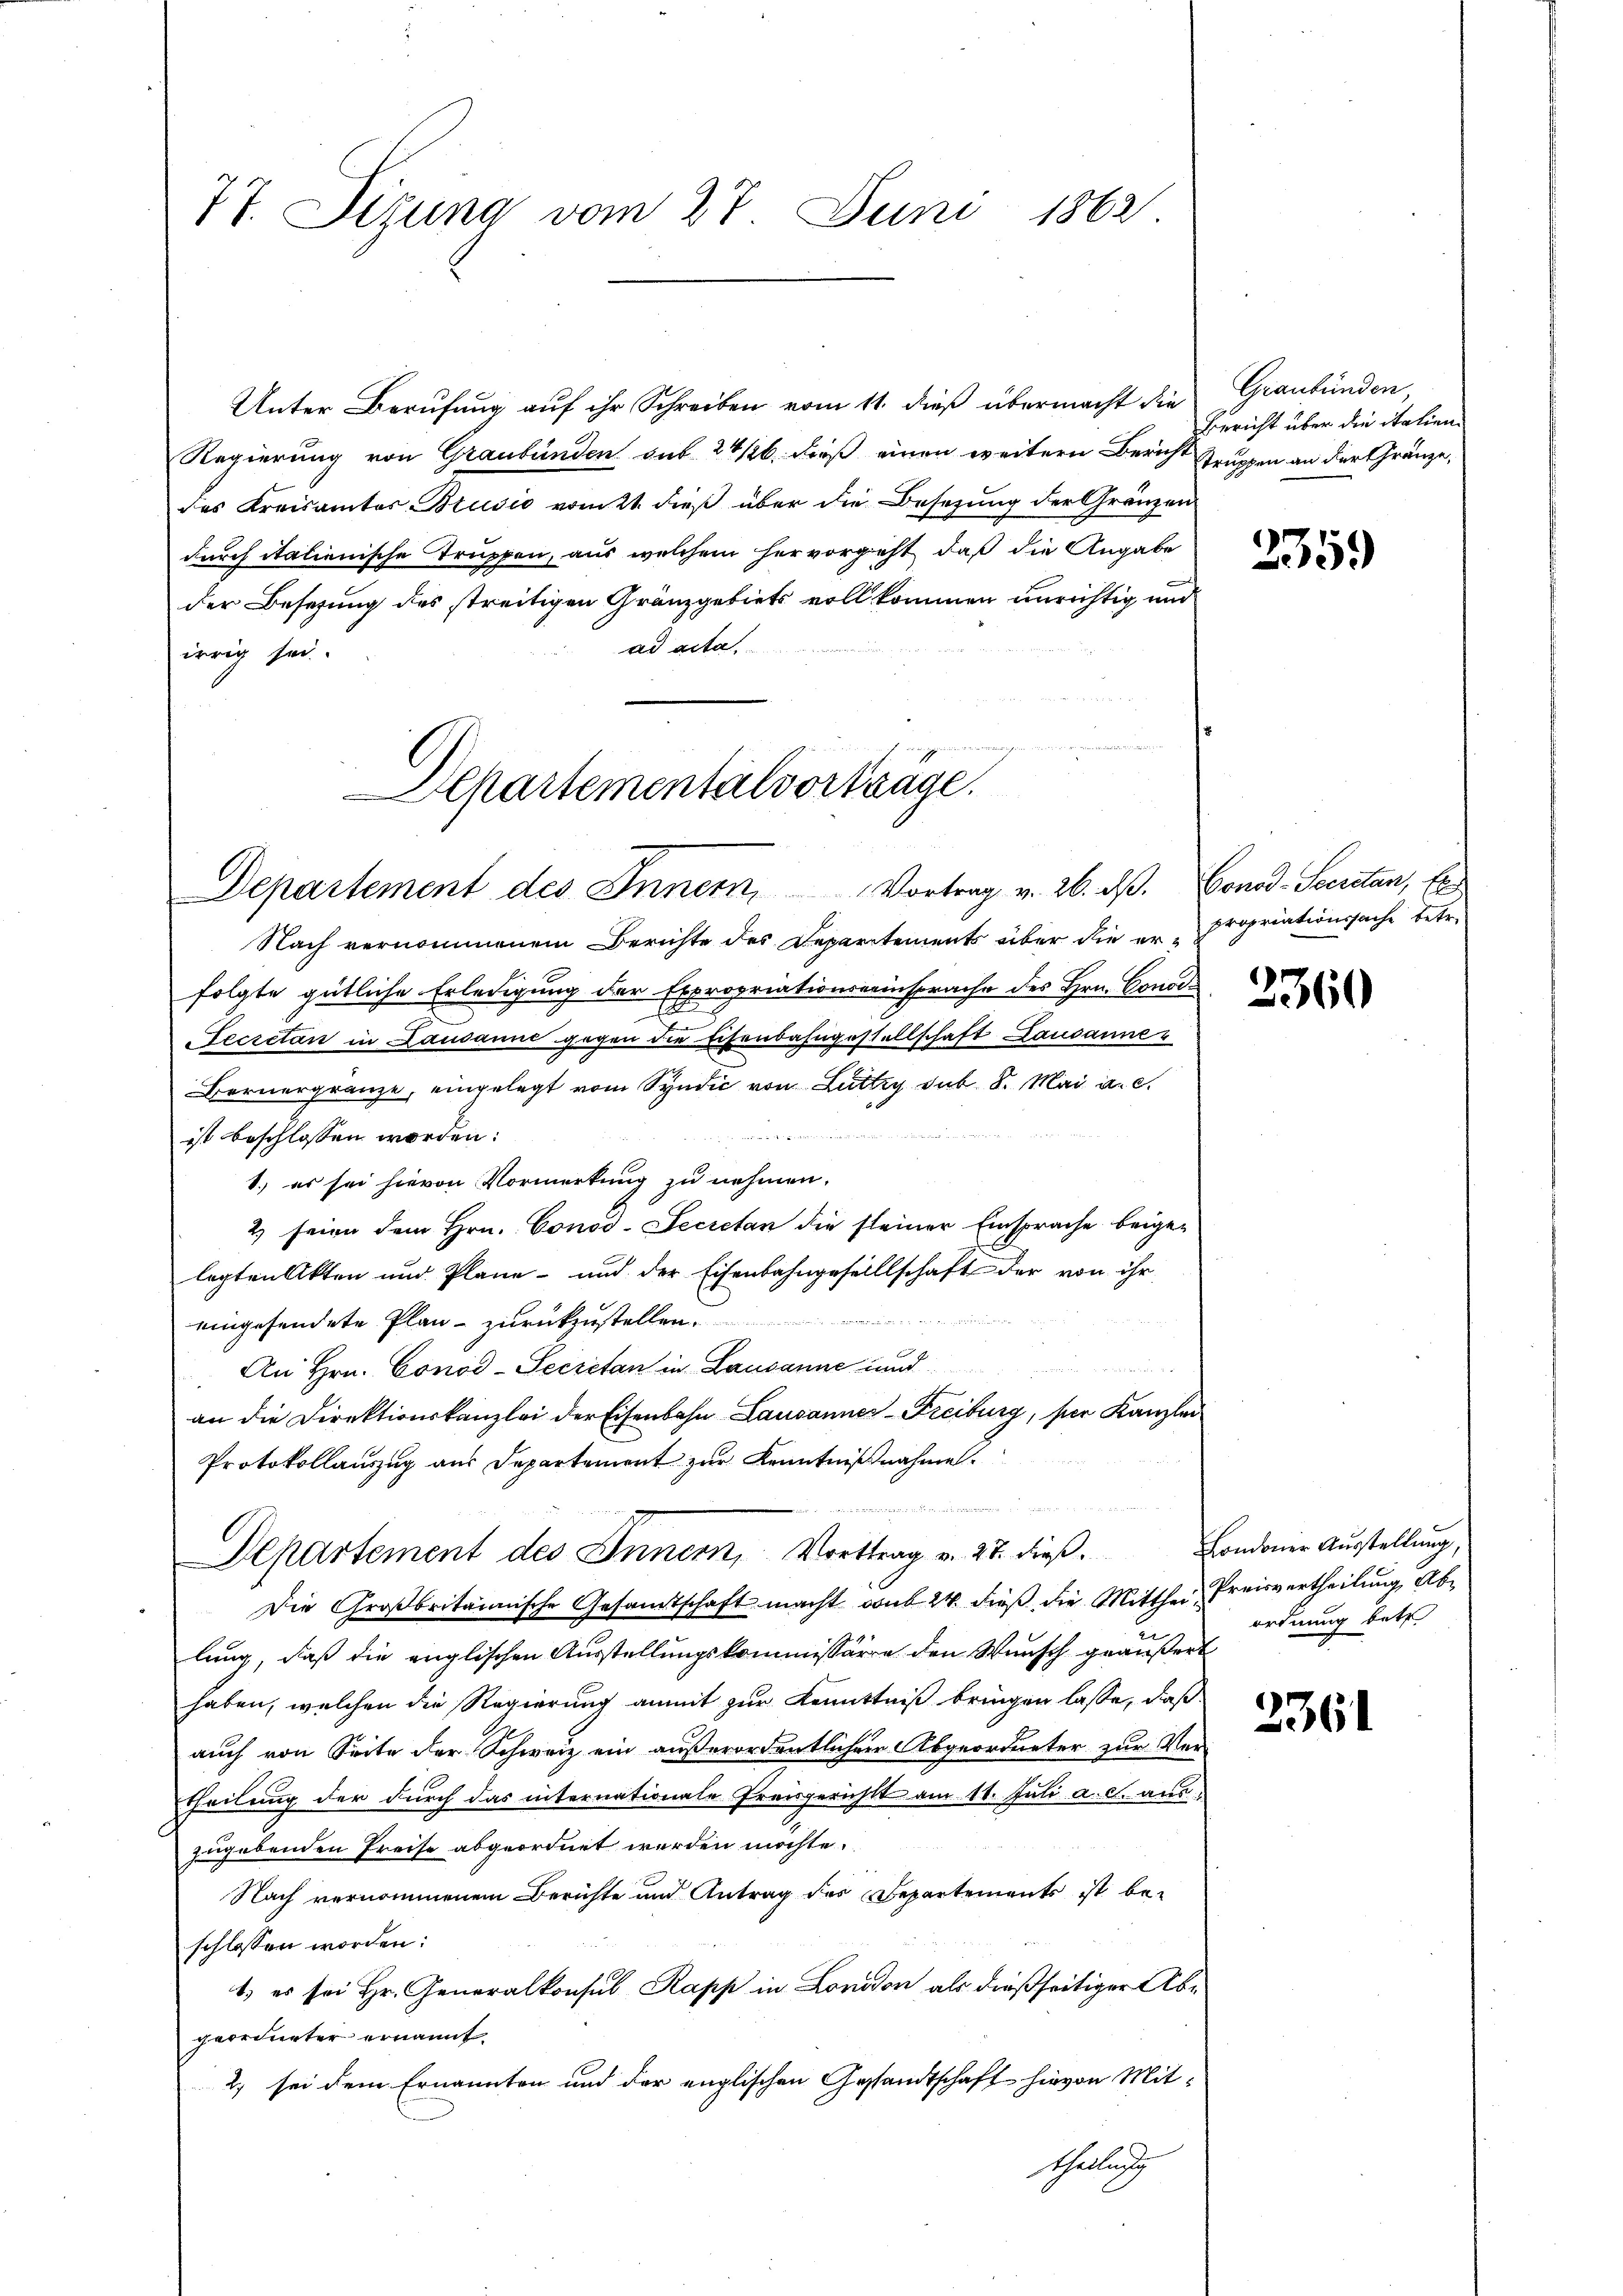
77. Sizung vom 27. Juni 1862

Departementalvorträge.
Departement des Innern, Vortrag v. 26. dβ. Vonod-Secretan, Er

Nach vernommenem Berichte des Departements über die er-
folgte gütliche Erledigung der Expropriationsansprache des Hrn. Condi-
Lecretan in Lausanne gegen die Eisenbahngestellschaft Lausanne
Bernergränze, eingelegt vom Syndic von Lutty sub 8. Mai a. c.
4
ist beschlossen worden:
1.) es sei hievon Vormerkung zu nehmen.
2) seien dem Hrn. Conod-Secretan die steiner Einsprache beigelegten Akten und Pläne - und der Eisenbahngesellschaft der von ihr
eingesendete Plan - zurückzustellen.
An Hrn. Conod-Secretan in Lausanne und
an die Direktionskanzlei der Eisenbahn-Lausannes- Freiburg, per Kanzlei
Die Großbritanische Gesamtschaft macht sub 24 dieß die Mitthei- Preisvertheilung, Ablung, daß die englischen Ausstellungskommissäre den Wunsch geäußert
haben, welchen die Regierung anmit zur Kenntniß bringen lasse, daß
auch von Seite der Schweiz ein außerordentlichen Abgeordneter zur Ver-
theilung der durch das internationale Preisgerichts am 11. Juli a. c. auszugebenden Preise abgeordnet werden möchte.
Nach vernommenem Berichte und Antrag des Departements ist be-
schlossen worden:
1. es sei Hr. Generalkonsul Kapp in London als dießseitiger Abgeordneter ernannt.
2) sei dem Ernannten und der englischen Gestandtschaft hievon Mittheilung

Unter Berufung auf ihr Schreiben vom 11. dieß übermacht die Graubünden,
Regierung von Graubünden sub 24/26. dieß einen weitern Bericht Truppen an der Gränze,
des Kreisamtes Brusić vom 21. dieß über die Besetzung der Gränzen
durch italienische Truppen, aus welchem hervorgeht, daß die Angabe
der Besetzung des streitigen Gränzgebiets vollkommen unrichtig und
ad acta
irrig sei.

Protokollauszug aus Departement zur Kenntnißnahme.
n

Departement des Innern, Vorttrag v. 27. dieß.

Bericht über die italien¬

335.

propriationssache betr.

2360

Londoner Ausstellung,
ordnung betr

3361